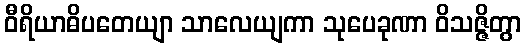
ဝီရိယာဓိပတေယျာ သာလေယျကာ သုပေခုဏာ ဝိသဇ္ဇိတွာ